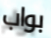
بواب